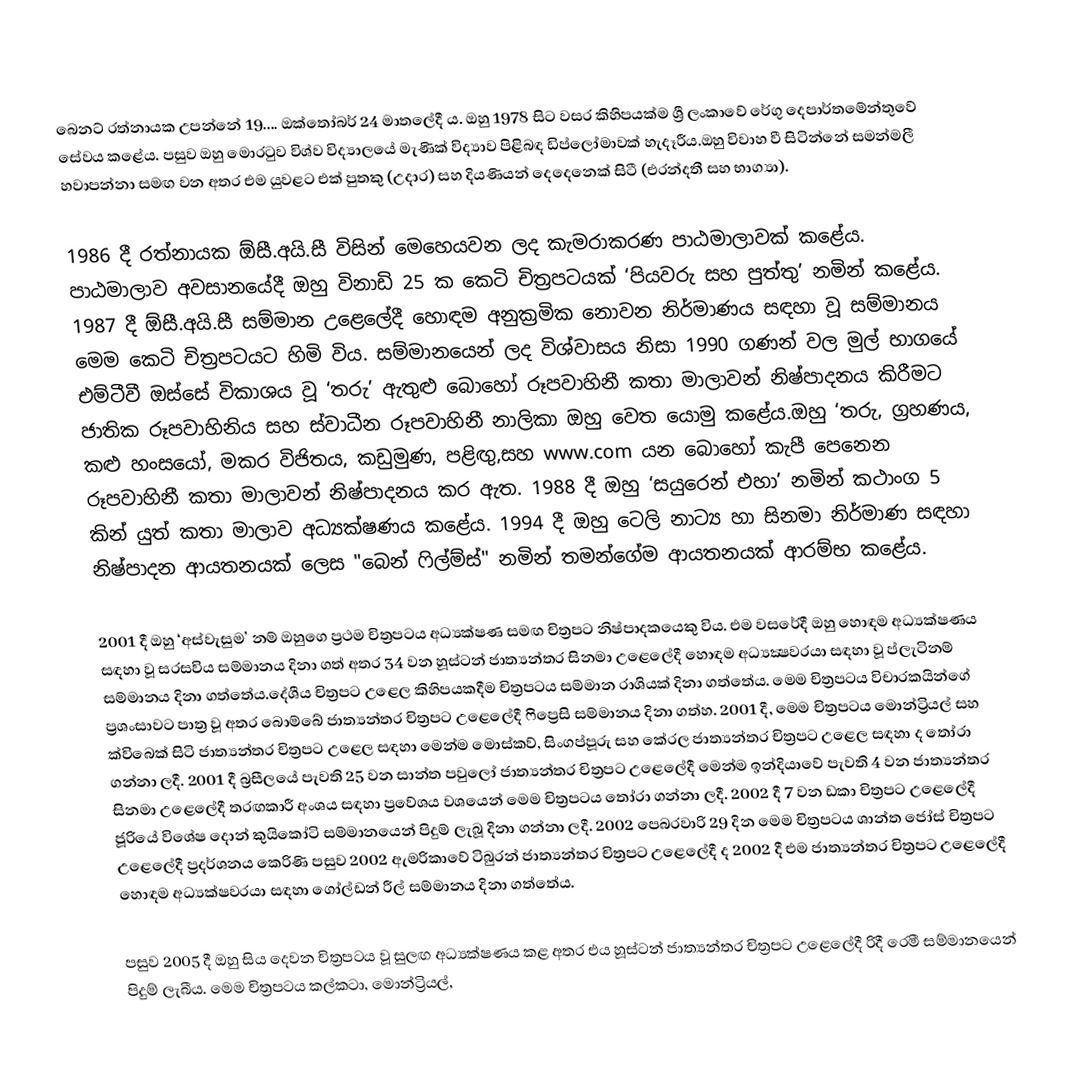
බෙනට් රත්නායක උපන්නේ 19.... ඔක්තෝබර් 24 මාතලේදී ය. ඔහු 1978 සිට වසර කිහිපයක්ම ශ්‍රී ලංකාවේ රේගු දෙපාර්තමේන්තුවේ සේවය කළේය. පසුව ඔහු මොරටුව විශ්ව විද්‍යාලයේ මැණික් විද්‍යාව පිළිබඳ ඩිප්ලෝමාවක් හැදෑරීය.ඔහු විවාහ වී සිටින්නේ සමන්මලී හවාපන්නා සමඟ වන අතර එම යුවළට එක් පුතකු (උදාර) සහ දියණියන් දෙදෙනෙක් සිටී (එරන්දතී සහ භාග්‍යා).

1986 දී රත්නායක ඕසී.අයි.සී විසින් මෙහෙයවන ලද කැමරාකරණ පාඨමාලාවක් කළේය. පාඨමාලාව අවසානයේදී ඔහු විනාඩි 25 ක කෙටි චිත්‍රපටයක් ‘පියවරු සහ පුත්තු’ නමින් කළේය. 1987 දී ඕසී.අයි.සී සම්මාන උළෙලේදී හොඳම අනුක්‍රමික නොවන නිර්මාණය සඳහා වූ සම්මානය මෙම කෙටි චිත්‍රපටයට හිමි විය. සම්මානයෙන් ලද විශ්වාසය නිසා 1990 ගණන් වල මුල් භාගයේ එම්ටීවී ඔස්සේ විකාශය වූ ‘තරු’ ඇතුළු බොහෝ රූපවාහිනී කතා මාලාවන් නිෂ්පාදනය කිරීමට ජාතික රූපවාහිනිය සහ ස්වාධීන රූපවාහිනී නාලිකා ඔහු වෙත යොමු කළේය.ඔහු ‘තරු, ග්‍රහණය, කළු හංසයෝ, මකර විජිතය, කඩුමුණ, පළිඟු,සහ www.com යන බොහෝ කැපී පෙනෙන රූපවාහිනී කතා මාලාවන් නිෂ්පාදනය කර ඇත. 1988 දී ඔහු ‘සයුරෙන් එහා’ නමින් කථාංග 5 කින් යුත් කතා මාලාව අධ්‍යක්ෂණය කළේය. 1994 දී ඔහු ටෙලි නාට්‍ය හා සිනමා නිර්මාණ සඳහා නිෂ්පාදන ආයතනයක් ලෙස "බෙන් ෆිල්ම්ස්" නමින් තමන්ගේම ආයතනයක් ආරම්භ කළේය.

2001 දී ඔහු ‘අස්වැසුම’ නම් ඔහුගෙ ප්‍රථම චිත්‍රපටය අධ්‍යක්ෂණ සමඟ චිත්‍රපට නිෂ්පාදකයෙකු විය. එම වසරේදී ඔහු හොඳම අධ්‍යක්ෂණය සඳහා වූ සරසවිය සම්මානය දිනා ගත් අතර 34 වන හූස්ටන් ජාත්‍යන්තර සිනමා උළෙලේදී හොඳම අධ්‍යක්‍ෂවරයා සඳහා වූ ප්ලැටිනම් සම්මානය දිනා ගත්තේය.දේශීය චිත්‍රපට උළෙල කිහිපයකදීම චිත්‍රපටය සම්මාන රාශියක් දිනා ගත්තේය. මෙම චිත්‍රපටය විචාරකයින්ගේ ප්‍රශංසාවට පාත්‍ර වූ අතර බොම්බේ ජාත්‍යන්තර චිත්‍රපට උළෙලේදී ෆිප්‍රෙසි සම්මානය දිනා ගත්හ. 2001 දී, මෙම චිත්‍රපටය මොන්ට්‍රියල් සහ ක්විබෙක් සිටි ජාත්‍යන්තර චිත්‍රපට උළෙල සඳහා මෙන්ම මොස්කව්, සිංගප්පූරු සහ කේරල ජාත්‍යන්තර චිත්‍රපට උළෙල සඳහා ද තෝරා ගන්නා ලදී. 2001 දී බ්‍රසීලයේ පැවති 25 වන සාන්ත පවුලෝ ජාත්‍යන්තර චිත්‍රපට උළෙලේදී මෙන්ම ඉන්දියාවේ පැවති 4 වන ජාත්‍යන්තර සිනමා උළෙලේදී තරඟකාරී අංශය සඳහා ප්‍රවේශය වශයෙන් මෙම චිත්‍රපටය තෝරා ගන්නා ලදී. 2002 දී 7 වන ඩකා චිත්‍රපට උළෙලේදී ජූරියේ විශේෂ දොන් කුයිකෝටි සම්මානයෙන් පිදුම් ලැබූ දිනා ගන්නා ලදී. 2002 පෙබරවාරි 29 දින මෙම චිත්‍රපටය ශාන්ත ජෝස් චිත්‍රපට උළෙලේදී ප්‍රදර්ශනය කෙරිණි පසුව 2002 ඇමරිකාවේ ටිබුරන් ජාත්‍යන්තර චිත්‍රපට උළෙලේදී ද 2002 දී එම ජාත්‍යන්තර චිත්‍රපට උළෙලේදී හොඳම අධ්‍යක්ෂවරයා සඳහා ගෝල්ඩන් රීල් සම්මානය දිනා ගත්තේය.

පසුව 2005 දී ඔහු සිය දෙවන චිත්‍රපටය වූ සුලඟ අධ්‍යක්ෂණය කළ අතර එය හූස්ටන් ජාත්‍යන්තර චිත්‍රපට උළෙලේදී රිදී රෙමී සම්මානයෙන් පිදුම් ලැබීය. මෙම චිත්‍රපටය කල්කටා, මොන්ට්‍රියල්,